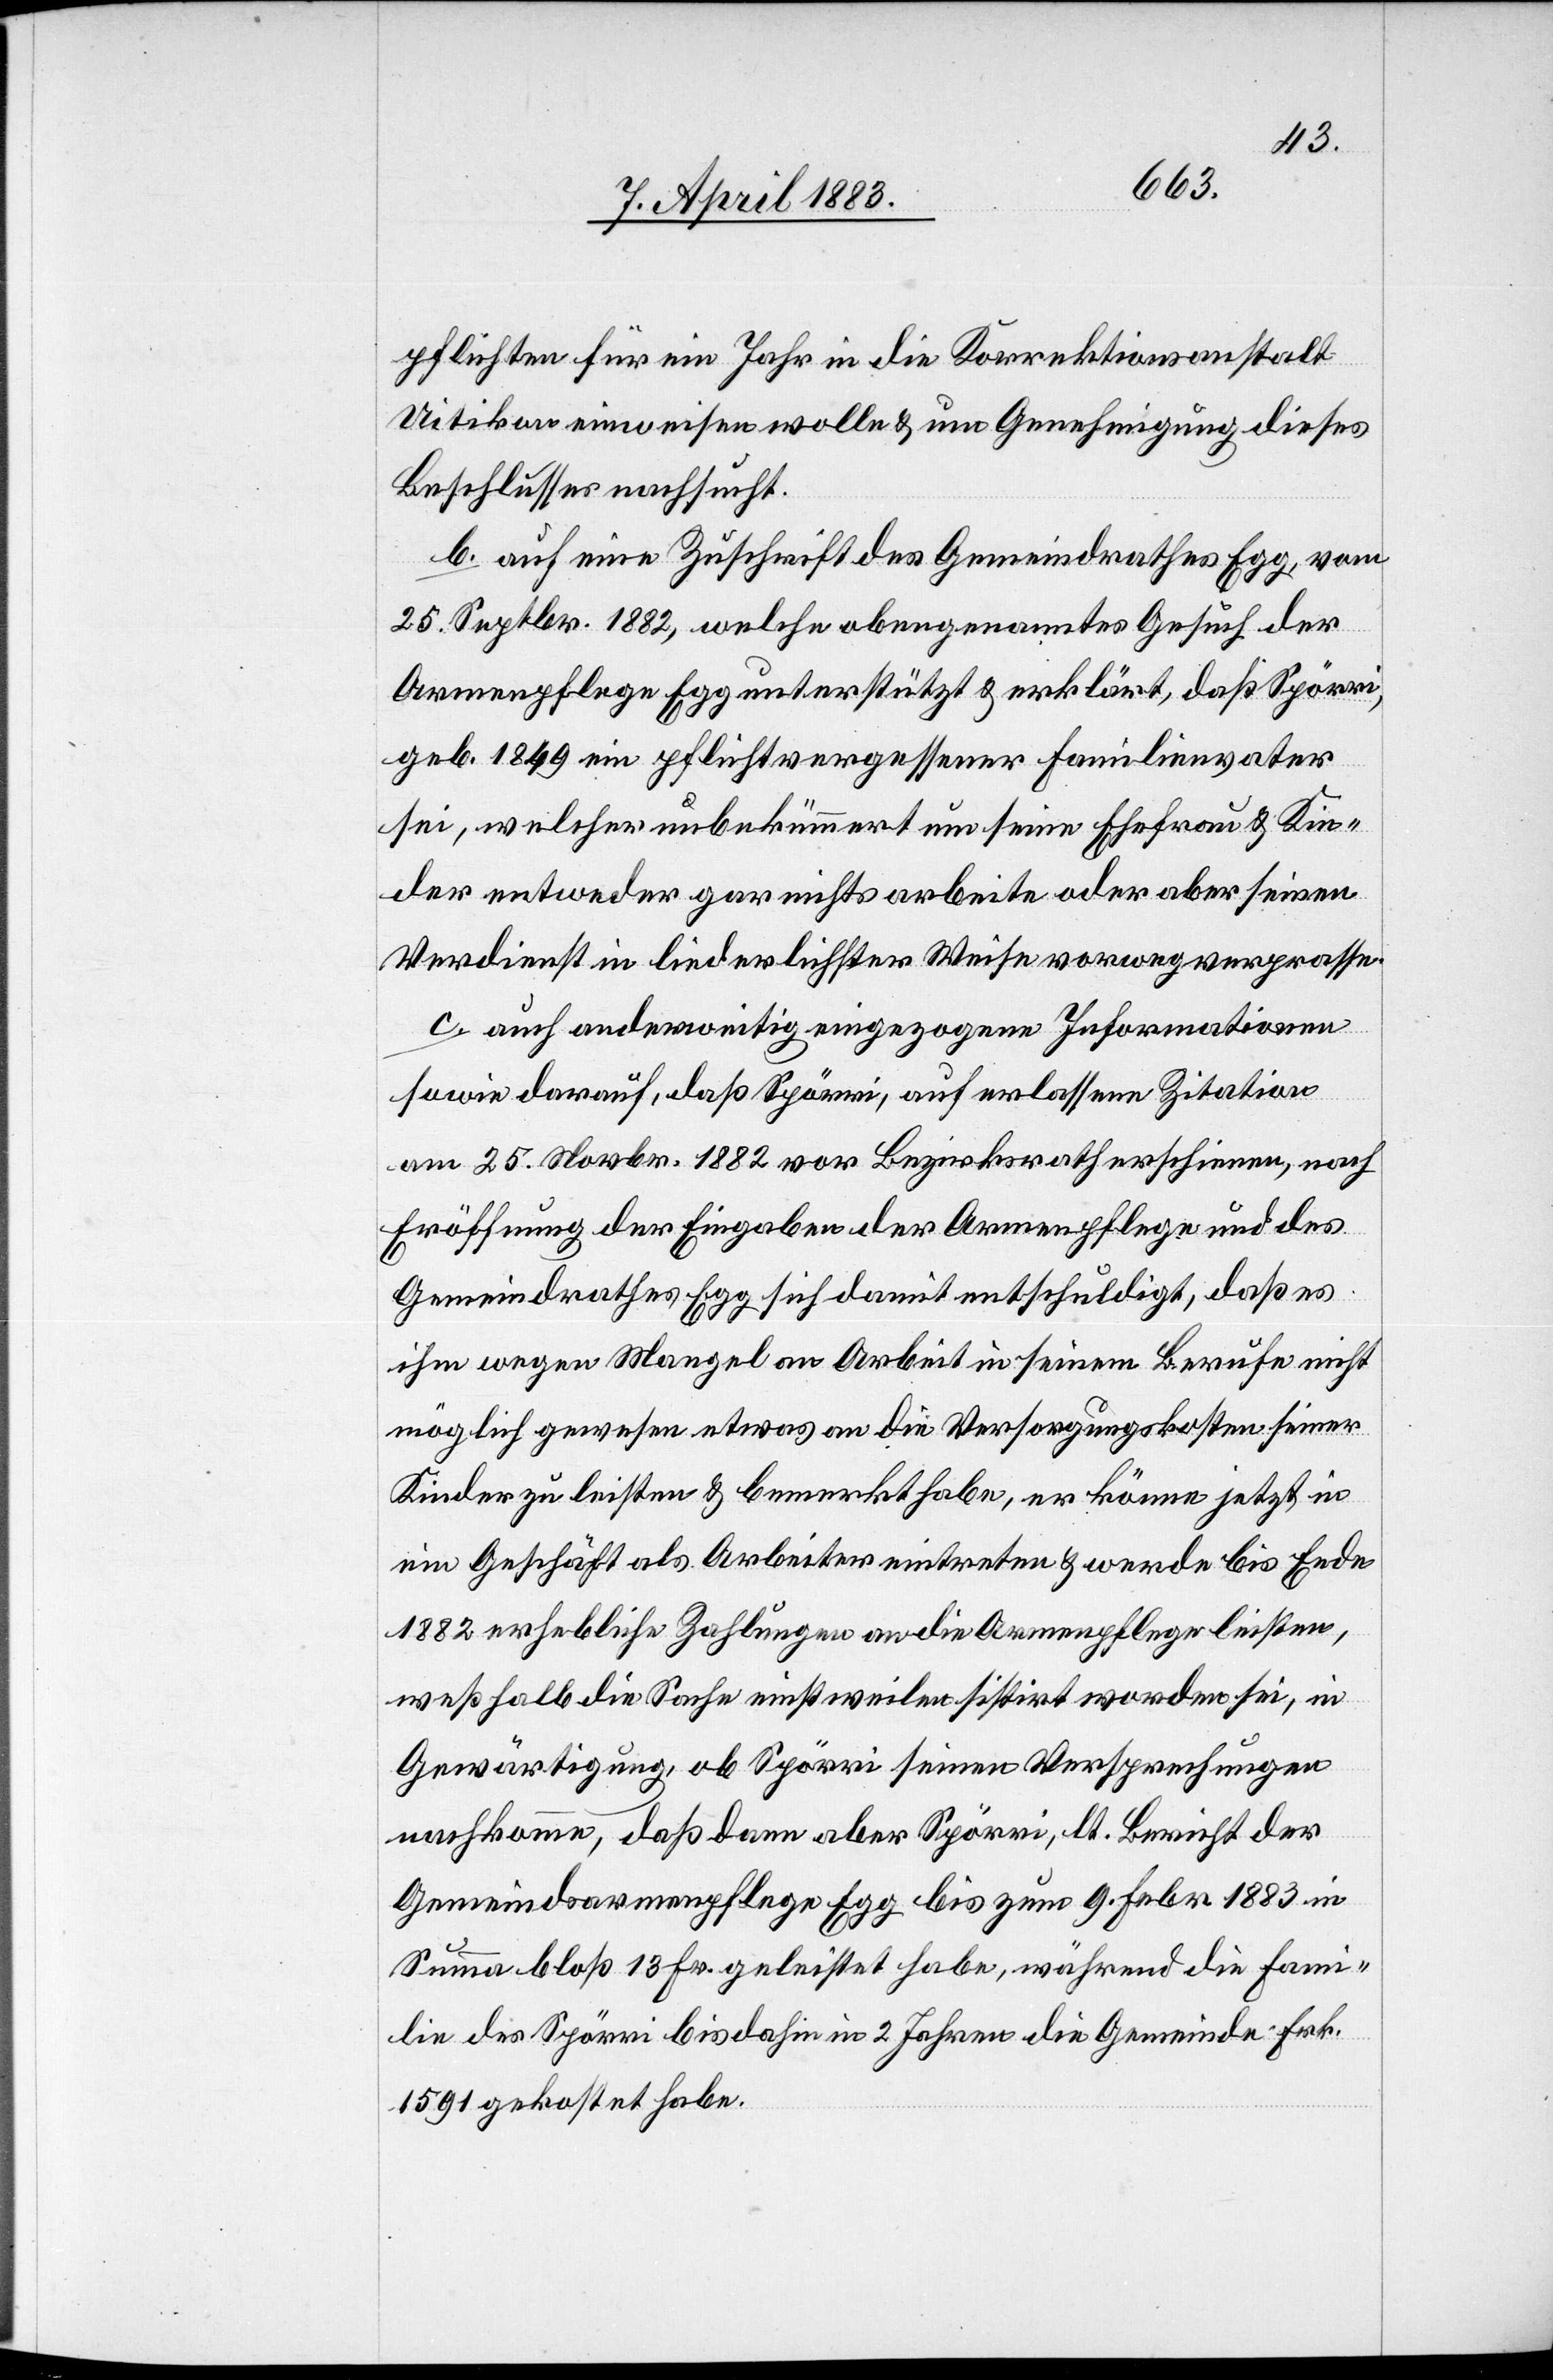
pflichten für ein Jahr in die Korrektionsanstalt
Uitikon einweisen wolle & um Genehmigung dieses
Beschlusses nachsucht.
b. auf eine Zuschrift des Gemeindrathes Egg, vom
25. Septbr. 1882, welche obengenanntes Gesuch der
Armenpflege unterstützt & erklärt, daß Spörri,
geb. 1849 ein pflichtvergessener Familienvater
sei, welcher unbekümmert um seine Ehefrau & Kin¬
der entweder gar nichts arbeite oder aber seinen
Verdienst in liederlichster Weise vorwegverprasse.
c. auch anderweitig eingezogenen Informationen
sowie darauf, das Spörri, auf erlassene Zitation
am 25. Novbr. 1882 vor Bezirksrath erschienen, nach
Eröffnung der Eingaben der Armenpflege und des
Gemeindrathes Egg sich damit entschuldigt, daß es
ihm wegen Mangel an Arbeit in seinem Berufe nicht
möglich gewesen etwas an die Versorgungskosten seiner
Kinder zu leisten & bemerkt habe, er könne jetzt in
ein Geschäft als Arbeiter eintreten & werde bis Ende
1882 erhebliche Zahlungen an die Armenpflege leisten,
weßhalb die Sache einstweilen sistirt worden sei, in
Gewärtigung, ob Spörri seinen Versprechungen
nachkomme, daß dann aber Spörri, lt. Bericht der
Gemeindsarmenpflege Egg bis zum 9. Febr. 1883 in
Summa bloß 13 Fr. geleistet habe, während die Fami¬
lie des Spörri bis dahin in 2 Jahren die Gemeinde Frk.
1591 gekostet habe.